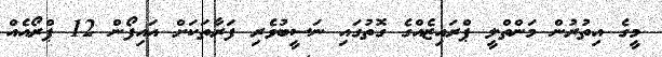
މީގެ އިތުރުން މަންތްލީ ޕްރައިޒެއްގެ ގޮތުގައި ނަސީބުވެރި ފަރާތަކަށް އައިފޯން 12 ޕްރޯއެއް